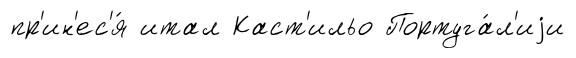
пр'ин'ес'я́ итал Каст'ильо Португа́л'иjи